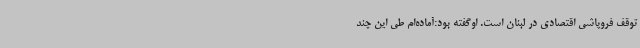
توقف فروپاشی اقتصادی در لبنان است. اوگفته بود:آماده‌ام طی این چند